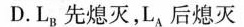
D.L_{B}先熄灭，L_{A}后熄灭